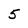
Character: 5